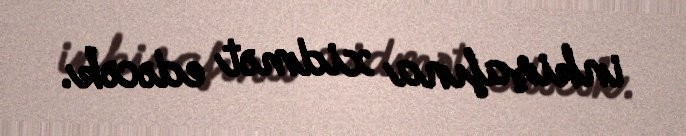
inkişafına xidmət edəcək.